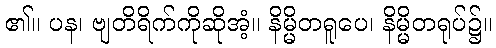
၏။ ပန၊ ဗျတိရိက်ကိုဆိုအံ့။ နိမ္မိတရူပေ၊ နိမ္မိတရုပ်၌။